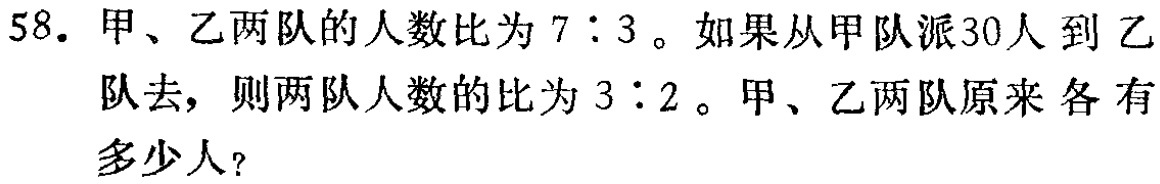
58. 甲、乙两队的人数比为 \(7:3\)。如果从甲队派30人到乙队去，则两队人数的比为 \(3:2\)。甲、乙两队原来各有多少人？